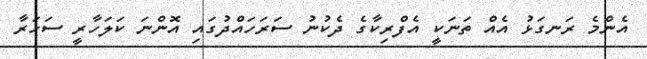
އެންމެ ރަނގަޅު އެއް ތަނަކީ އެފްރިކާގެ ދެކުނު ސަރަހައްދުގައި އޮންނަ ކަލަހާރީ ސަހަރާ